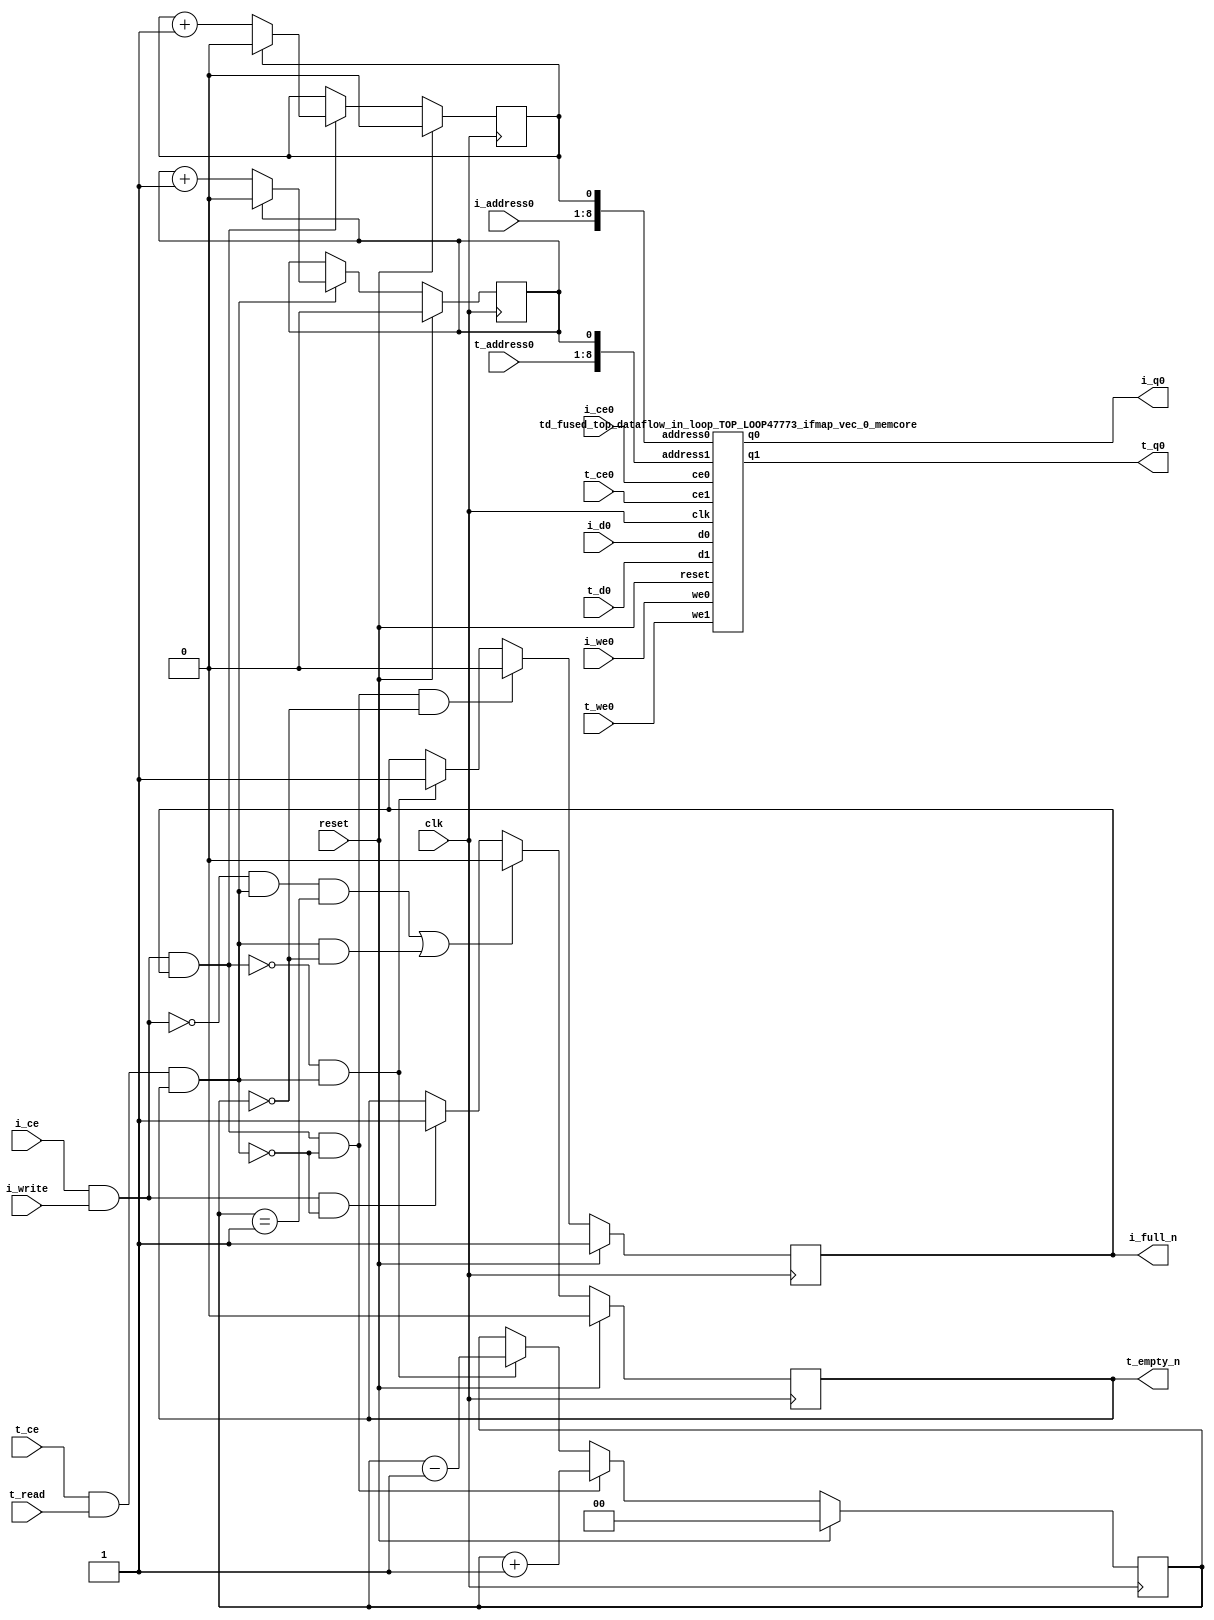
`define EXPONENT 5
`define MANTISSA 10
`define ACTUAL_MANTISSA 11
`define EXPONENT_LSB 10
`define EXPONENT_MSB 14
`define MANTISSA_LSB 0
`define MANTISSA_MSB 9
`define MANTISSA_MUL_SPLIT_LSB 3
`define MANTISSA_MUL_SPLIT_MSB 9
`define SIGN 1
`define SIGN_LOC 15
`define DWIDTH (`SIGN+`EXPONENT+`MANTISSA)
`define IEEE_COMPLIANCE 1

module td_fused_top_dataflow_in_loop_TOP_LOOP47773_ifmap_vec_0
#(parameter
    DataWidth    = 16,
    AddressRange = 32,
    AddressWidth = 8,
    BufferCount  = 2,
    IndexWidth   = 1
) (
    // system signals
    input  wire                    clk,
    input  wire                    reset,
    // initiator
    input  wire                    i_ce,
    input  wire                    i_write,
    output wire                    i_full_n,
    input  wire                    i_ce0,
    input  wire                    i_we0,
    input  wire [AddressWidth-1:0] i_address0,
    input  wire [DataWidth-1:0]    i_d0,
    output wire [DataWidth-1:0]    i_q0,
    // target
    input  wire                    t_ce,
    input  wire                    t_read,
    output wire                    t_empty_n,
    input  wire                    t_ce0,
    input  wire                    t_we0,
    input  wire [AddressWidth-1:0] t_address0,
    input  wire [DataWidth-1:0]    t_d0,
    output wire [DataWidth-1:0]    t_q0
);
//------------------------Local signal-------------------
// control/status
reg  [IndexWidth-1:0]   iptr    = 1'b0; // initiator index
reg  [IndexWidth-1:0]   tptr    = 1'b0; // target index
reg  [IndexWidth:0]     count   = 1'b0; // count of written buffers
reg                     full_n  = 1'b1; // whether all buffers are written
reg                     empty_n = 1'b0; // whether none of the buffers is written
wire                    push_buf;       // finish writing a buffer
wire                    write_buf;      // write a buffer
wire                    pop_buf;        // finish reading a buffer
wire [AddressWidth+IndexWidth-1:0]   memcore_iaddr;
wire [AddressWidth+IndexWidth-1:0]   memcore_taddr;

//------------------------Instantiation------------------
assign memcore_iaddr = {i_address0, iptr};
assign memcore_taddr = {t_address0, tptr};
td_fused_top_dataflow_in_loop_TOP_LOOP47773_ifmap_vec_0_memcore td_fused_top_dataflow_in_loop_TOP_LOOP47773_ifmap_vec_0_memcore_U (
    .reset    ( reset ),
    .clk      ( clk ),
    .address0 ( memcore_iaddr ),
    .ce0      ( i_ce0 ),
    .we0      ( i_we0),
    .d0       ( i_d0 ),
    .q0       ( i_q0 ),
    .address1 ( memcore_taddr ),
    .ce1      ( t_ce0 ),
    .we1      ( t_we0),
    .d1       ( t_d0 ),
    .q1       ( t_q0 )

);

//------------------------Body---------------------------

//++++++++++++++++++++++++output+++++++++++++++++++++++++
assign i_full_n  = full_n;
assign t_empty_n = empty_n;
//+++++++++++++++++++++++++++++++++++++++++++++++++++++++

//++++++++++++++++++++++++control/status+++++++++++++++++
assign push_buf = i_ce & i_write & full_n;
assign write_buf = i_ce & i_write;
assign pop_buf  = t_ce & t_read & empty_n;

// iptr
always @(posedge clk) begin
    if (reset == 1'b1)
        iptr <= 1'b0;
    else if (push_buf) begin
        if (iptr == BufferCount - 1'b1)
            iptr <= 1'b0;
        else
            iptr <= iptr + 1'b1;
    end
end

// tptr
always @(posedge clk) begin
    if (reset == 1'b1)
        tptr <= 1'b0;
    else if (pop_buf) begin
        if (tptr == BufferCount - 1'b1)
            tptr <= 1'b0;
        else
            tptr <= tptr + 1'b1;
    end
end

// count
always @(posedge clk) begin
    if (reset == 1'b1)
        count <= 1'b0;
    else if (push_buf && !pop_buf)
        count <= count + 1'b1;
    else if (!push_buf && pop_buf)
        count <= count - 1'b1;
end

// full_n
always @(posedge clk) begin
    if (reset == 1'b1)
        full_n <= 1'b1;
    else if (push_buf && !pop_buf && count == BufferCount - 2'd2)
        full_n <= 1'b0;
    else if (!push_buf && pop_buf)
        full_n <= 1'b1;
end

// empty_n
always @(posedge clk) begin
    if (reset == 1'b1)
        empty_n <= 1'b0;
    else if ((!write_buf && pop_buf && count == 1'b1)
             || (pop_buf && count == 1'b0))
        empty_n <= 1'b0;
    else if (write_buf && !pop_buf)
        empty_n <= 1'b1;
end
//+++++++++++++++++++++++++++++++++++++++++++++++++++++++

endmodule
module td_fused_top_dataflow_in_loop_TOP_LOOP47773_ifmap_vec_0_memcore(
    reset,
    clk,
    address0,
    ce0,
    we0,
    d0,
    q0,
    address1,
    ce1,
    we1,
    d1,
    q1);

parameter DataWidth = 32'd16;
parameter AddressRange = 32'd288;
parameter AddressWidth = 32'd9;
input reset;
input clk;
input[AddressWidth - 1:0] address0;
input ce0;
input we0;
input[DataWidth - 1:0] d0;
output[DataWidth - 1:0] q0;
input[AddressWidth - 1:0] address1;
input ce1;
input we1;
input[DataWidth - 1:0] d1;
output[DataWidth - 1:0] q1;



td_fused_top_dataflow_in_loop_TOP_LOOP47773_ifmap_vec_0_memcore_ram td_fused_top_dataflow_in_loop_TOP_LOOP47773_ifmap_vec_0_memcore_ram_U(
    .clk( clk ),
    .addr0( address0 ),
    .ce0( ce0 ),
    .we0( we0 ),
    .d0( d0 ),
    .q0( q0 ),
    .addr1( address1 ),
    .ce1( ce1 ),
    .we1( we1 ),
    .d1( d1 ),
    .q1( q1 )
);

endmodule
module td_fused_top_dataflow_in_loop_TOP_LOOP47773_ifmap_vec_0_memcore_ram (addr0, ce0, d0, we0, q0, addr1, ce1, d1, we1, q1,  clk);

parameter DWIDTH = 16;
parameter AWIDTH = 9;
parameter MEM_SIZE = 288;

input[AWIDTH-1:0] addr0;
input ce0;
input[DWIDTH-1:0] d0;
input we0;
output reg[DWIDTH-1:0] q0;
input[AWIDTH-1:0] addr1;
input ce1;
input[DWIDTH-1:0] d1;
input we1;
output reg[DWIDTH-1:0] q1;
input clk;

reg [DWIDTH-1:0] ram[MEM_SIZE-1:0];




always @(posedge clk)  
begin 
    if (ce0) begin
        if (we0) 
            ram[addr0] <= d0; 
        q0 <= ram[addr0];
    end
end


always @(posedge clk)  
begin 
    if (ce1) begin
        if (we1) 
            ram[addr1] <= d1; 
        q1 <= ram[addr1];
    end
end


endmodule